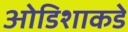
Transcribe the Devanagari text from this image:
ओडिशाकडे